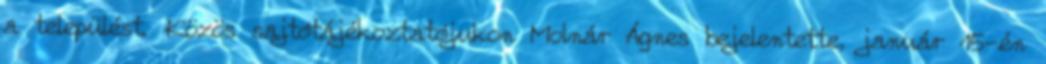
a települést. Közös sajtótájékoztatójukon Molnár Ágnes bejelentette, január 15-én